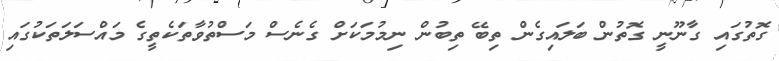
ގޮތުގައި ގާނޫނީ ގޮތުން ބަލައިގެން ތިބޭ ތިބުން ނިމުމަކަށް ގެނެސް މަސްތުވާތަކެތީގެ މައްސަލަތަކުގައި